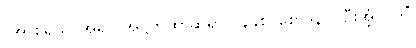
(အာစရိယ၊ အရှင် အဋ္ဌကထာဆရာ၊) နနုစ၊ စောဒနာပါဦးအံ့။ (ကိံ၊